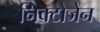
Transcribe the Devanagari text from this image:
निक्टोजेन